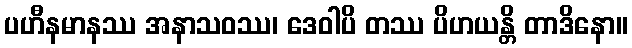
ပဟီနမာနဿ အနာသဝဿ၊ ဒေဝါပိ တဿ ပိဟယန္တိ တာဒိနော။